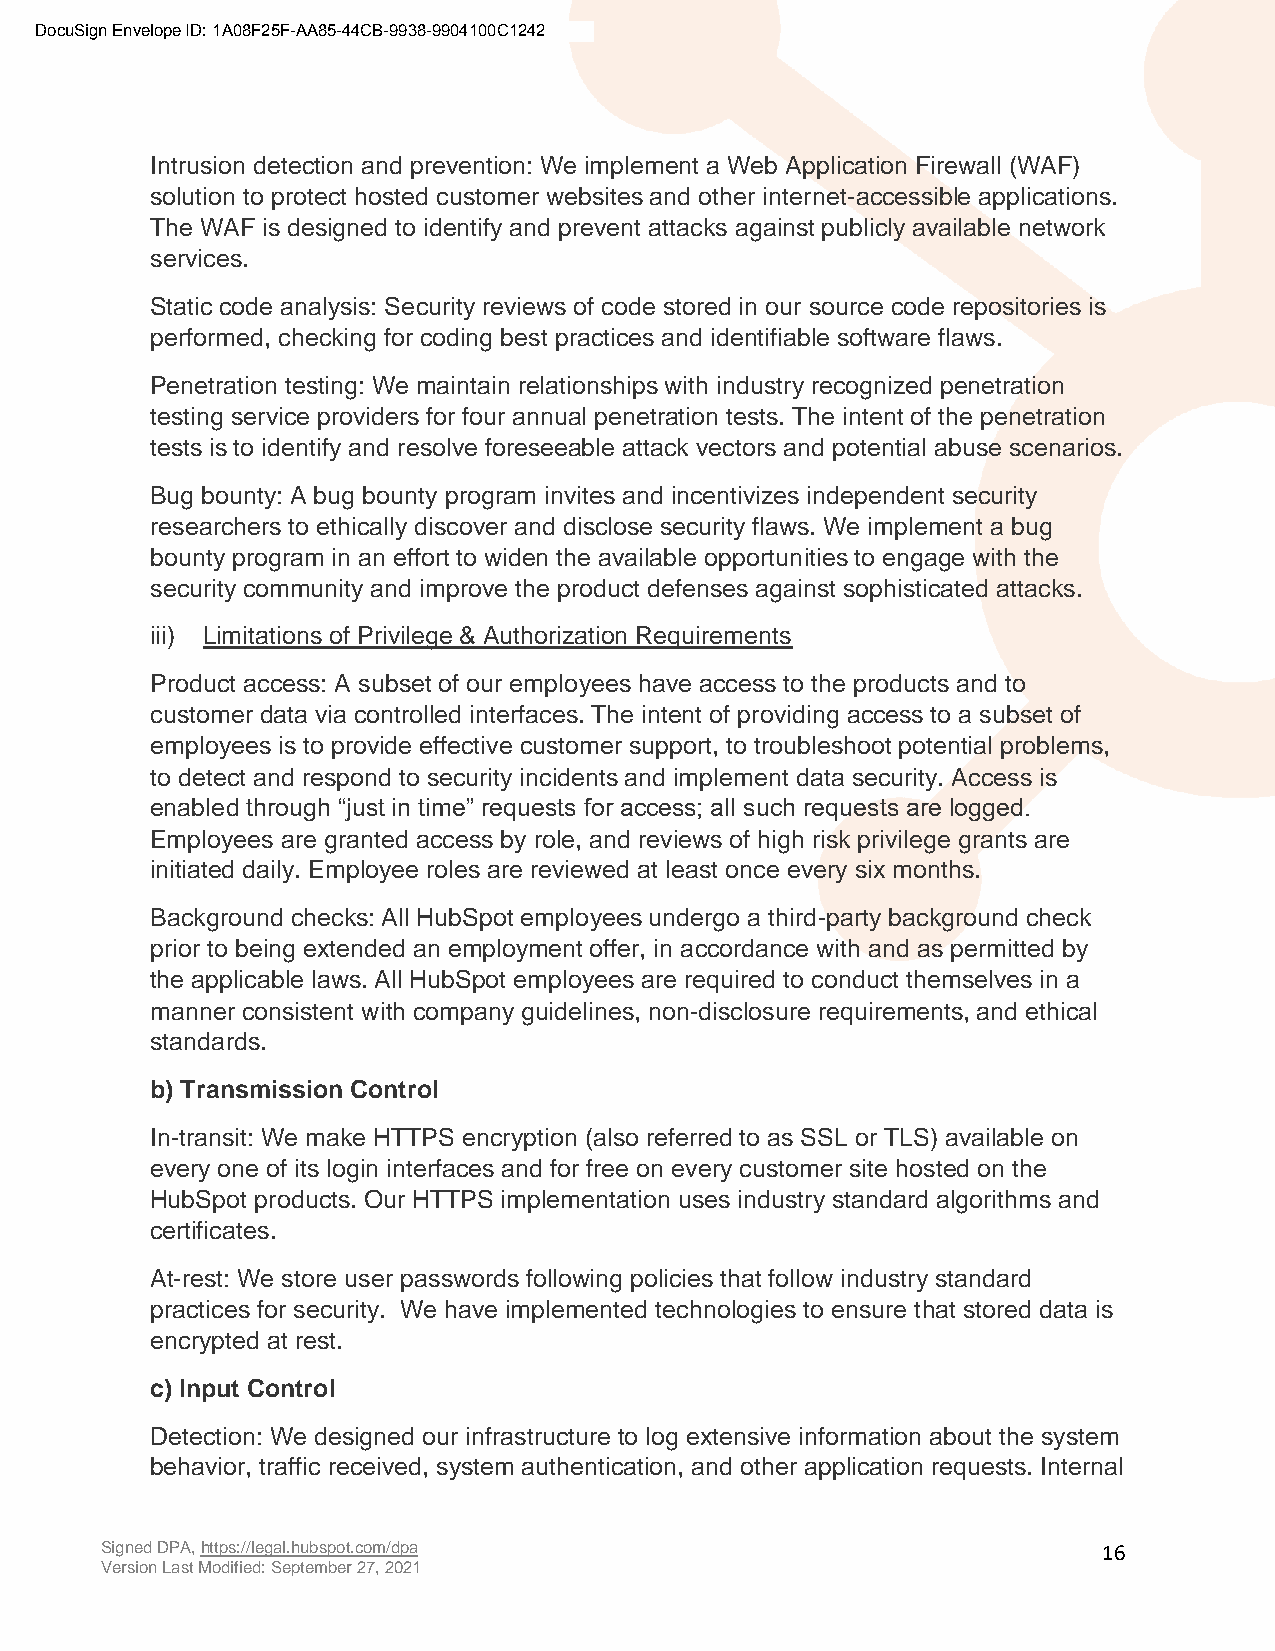
DocuSign Envelope ID: 1A08F25F-AA85-44CB-9938-9904100C1242
 Intrusion detection and prevention: We implement a Web Application Firewall (WAF)
 solution to protect hosted customer websites and other internet-accessible applications.
 The WAF is designed to identify and prevent attacks against publicly available network
 services.
 Static code analysis: Security reviews of code stored in our source code repositories is
 performed, checking for coding best practices and identifiable software flaws.
 Penetration testing: We maintain relationships with industry recognized penetration
 testing service providers for four annual penetration tests. The intent of the penetration
 tests is to identify and resolve foreseeable attack vectors and potential abuse scenarios.
 Bug bounty: A bug bounty program invites and incentivizes independent security
 researchers to ethically discover and disclose security flaws. We implement a bug
 bounty program in an effort to widen the available opportunities to engage with the
 security community and improve the product defenses against sophisticated attacks.
 iii) Limitations of Privilege & Authorization Requirements
 Product access: A subset of our employees have access to the products and to
 customer data via controlled interfaces. The intent of providing access to a subset of
 employees is to provide effective customer support, to troubleshoot potential problems,
 to detect and respond to security incidents and implement data security. Access is
 enabled through “just in time” requests for access; all such requests are logged.
 Employees are granted access by role, and reviews of high risk privilege grants are
 initiated daily. Employee roles are reviewed at least once every six months.
 Background checks: All HubSpot employees undergo a third-party background check
 prior to being extended an employment offer, in accordance with and as permitted by
 the applicable laws. All HubSpot employees are required to conduct themselves in a
 manner consistent with company guidelines, non-disclosure requirements, and ethical
 standards.
 b) Transmission Control
 In-transit: We make HTTPS encryption (also referred to as SSL or TLS) available on
 every one of its login interfaces and for free on every customer site hosted on the
 HubSpot products. Our HTTPS implementation uses industry standard algorithms and
 certificates.
 At-rest: We store user passwords following policies that follow industry standard
 practices for security. We have implemented technologies to ensure that stored data is
 encrypted at rest.
 c) Input Control
 Detection: We designed our infrastructure to log extensive information about the system
 behavior, traffic received, system authentication, and other application requests. Internal
 Signed DPA, https://legal.hubspot.com/dpa                         16
 Version Last Modified: September 27, 2021